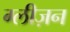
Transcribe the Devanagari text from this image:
ग्लीज़न